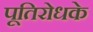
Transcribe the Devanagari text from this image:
पूतिरोधके